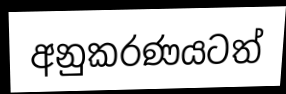
අනුකරණයටත්